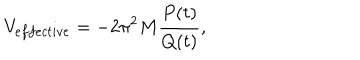
V _ { e f f e c t i v e } = - 2 \pi ^ { 2 } M \frac { P ( t ) } { Q ( t ) } ,